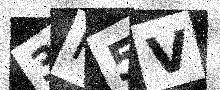
Text: 3R5V